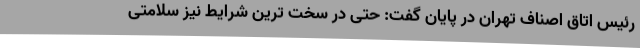
رئیس اتاق اصناف تهران در پایان گفت: حتی در سخت ترین شرایط نیز سلامتی